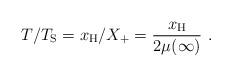
LaTeX: \begin{align*}T/T_{\rm S}=x_{\rm H}/X_+=\frac{x_{\rm H}}{2 \mu(\infty)}\ .\end{align*}